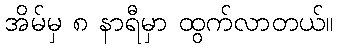
အိမ်မှ ၈ နာရီမှာ ထွက်လာတယ်။